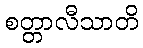
စတ္တာလီသာတိ